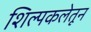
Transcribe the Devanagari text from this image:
शिल्पकलेतून